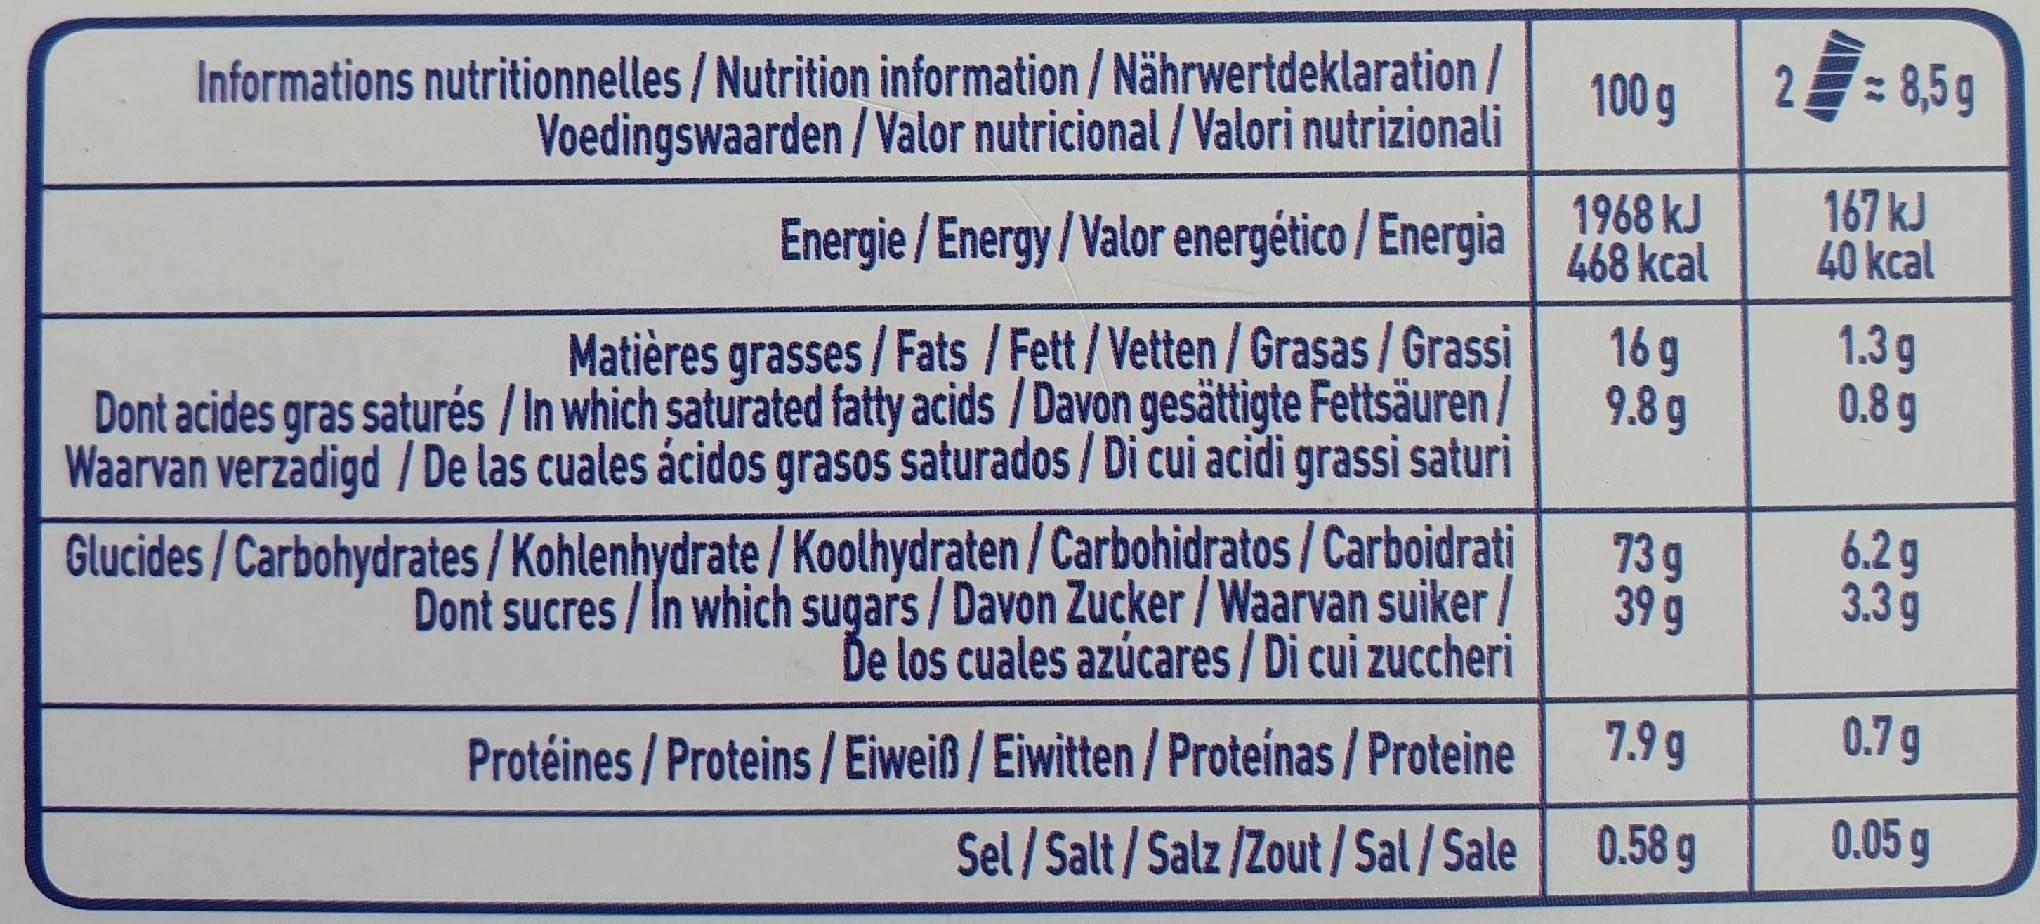
Informations nutritionnelles/Nutrition information/ Nährwertdeklaration/ Voedingswaarden /Valor nutricional/ Valori nutrizionali
100g 2=
8,5 g
Energie / Energy/ Valor energético / Energia
1968 kJ 468 kcal
167 kJ 40 kcal
Matières grasses/Fats /Fett/Vetten/Grasas / Grassi Dont acides gras saturés /In which saturated fatty acids /Davon gesättigte Fettsäuren/ Waarvan verzadigd / De las cuales ácidos grasos saturados / Di cui acidi grassi saturi
16 g 9.8 g
1.3g 0.8 g
Glucides / Carbohydrates/ Kohlenhydrate / Koolhydraten /Carbohidratos/Carboidrati Dont sucres/In which sugars/Davon Zucker / Waarvan suiker/ Ďe los cuales azúcares/ Di cui zuccheri
73 g 39 9
6.2g 3.3 g
7.9 g
0.7 g
Protéines / Proteins /Eiweiß / Eiwitten/ Proteinas / Proteine Sel/ Salt/Salz /Zout /Sal/Sale 0.58 g
0.05 g